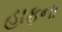
હાફના